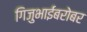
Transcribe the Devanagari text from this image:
गिजुभाईंबरोबर